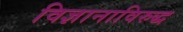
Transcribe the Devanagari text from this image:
विज्ञानाविरुद्ध